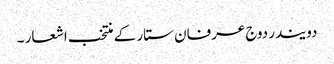
دویندر دوج عرفان ستار کے منتخب اشعار ۔